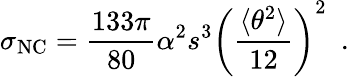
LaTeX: \sigma_{\mathrm{NC}}=\frac{133\pi}{80}\alpha^{2}s^{3}\left(\frac{\langle\theta^{2}\rangle}{12}\right)^{2}\, \, \, .